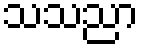
သသညာ